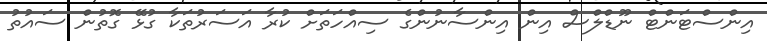
އިންސްޓަންޓް ނޫޑްލްސް އިން އިންސާނުންގެ ސިއްހަތަށް ކުރާ އަސަރުތަކާ ގުޅޭ ގޮތުން ސައުތު